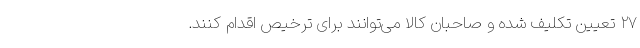
۲۷ تعیین تکلیف شده و صاحبان کالا می‌توانند برای ترخیص اقدام کنند.